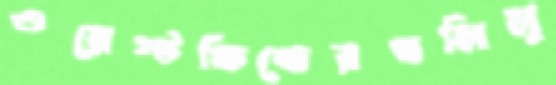
ওয়েস্টফিল্ডেরখলিলু